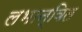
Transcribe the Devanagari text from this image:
लभान्वित